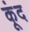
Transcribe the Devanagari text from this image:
कूंद